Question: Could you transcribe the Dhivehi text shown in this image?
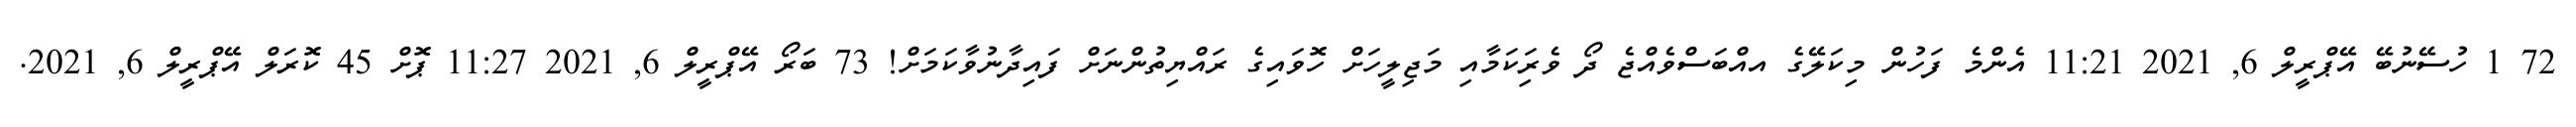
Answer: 72 1 ހުސޭނުބޭ އޭޕްރީލް 6, 2021 11:21 އެންމެ ފަހުން މިކަލޭގެ އއްބަސްވެއްޖެ ދޯ ވެރިަކަމާއި މަޖިލީހަށް ހޮވައިގެ ރައްޔިތުންނަށް ފައިދާނުވާކަމަށް! 73 ބަރޯ އޭޕްރީލް 6, 2021 11:27 ޕޮށް 45 ކޮރަލް އޭޕްރީލް 6, 2021.